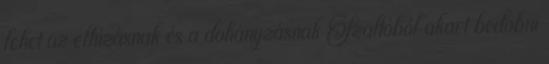
lehet az elhízásnak és a dohányzásnak Szaltóból akart bedobni